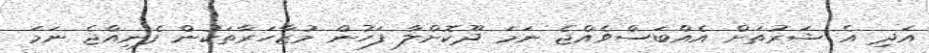
އަދި އެ ޝަރުތަށް އެއްބަސްވެއްޖެ ނަމަ ދޫކޮށްލާ ފަހުން މުޒާހަރާތަކުން ފެނިއްޖެ ނަމަ